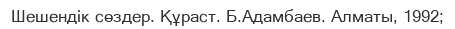
Шешендік сөздер. Құраст. Б.Адамбаев. Алматы, 1992;